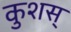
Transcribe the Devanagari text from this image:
कुशस्